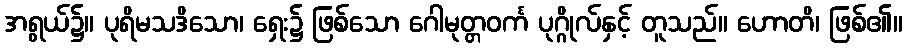
အရွယ်၌။ ပုရိမသဒိသော၊ ရှေး၌ ဖြစ်သော ဂေါမုတ္တဝင်္က ပုဂ္ဂိုလ်နှင့် တူသည်။ ဟောတိ၊ ဖြစ်၏။